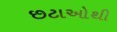
છટાઓથી